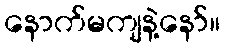
နောက်မကျနဲ့နော်။